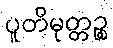
ပူတိမုတ္တဉ္စ